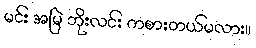
မင်း အမြဲ ဘိုးလင်း ကစားတယ်မလား။